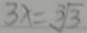
3 x = \sqrt [ 3 ] { 3 }